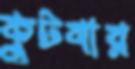
কুটবার